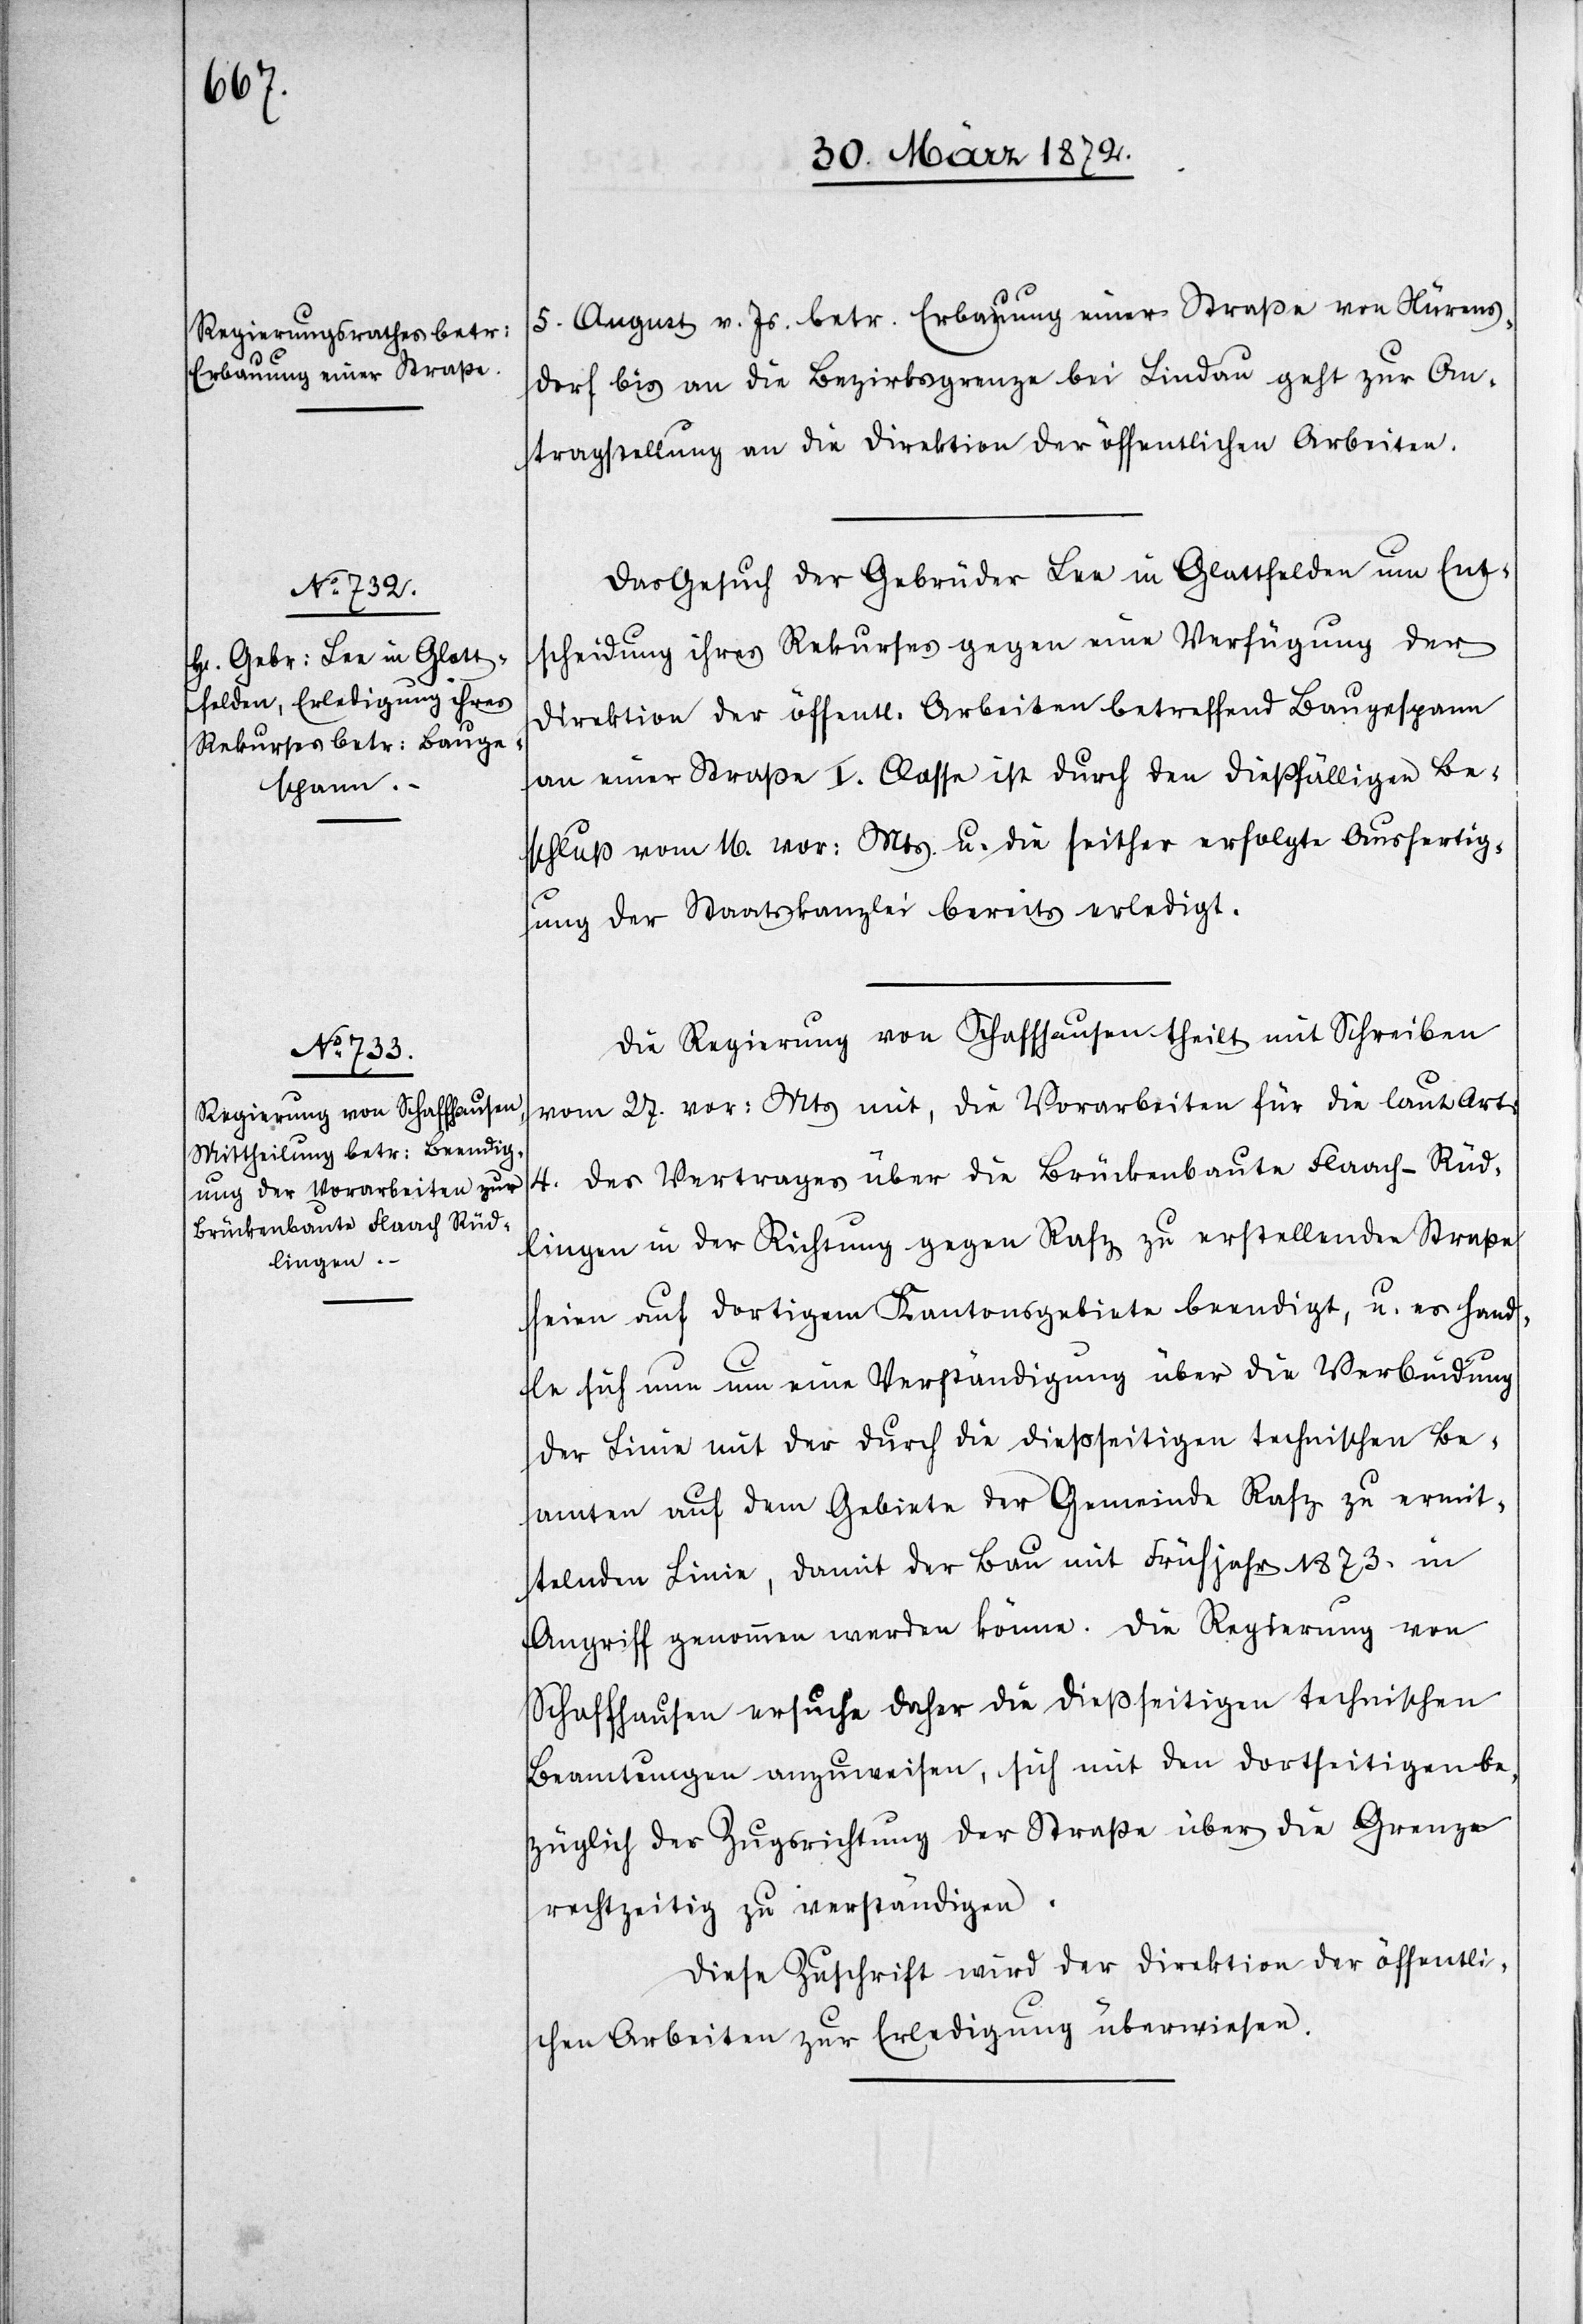
5. August v. Js. betr. Erbauung einer Straße von Nürens¬
dorf bis an die Bezirksgrenze bei Lindau geht zur An¬
tragstellung an die Direktion der öffentlichen Arbeiten.
Das Gesuch der Gebrüder Lee in Glattfelden um Ent¬
scheidung ihres Rekurses gegen eine Verfügung der
Direktion der öffentl. Arbeiten betreffend Baugespann
an einer Straße I. Classe ist durch den dießfälligen Be¬
schluß vom 16. vor: Mts. u. die seither erfolgte Ausfertig¬
ung der Staatskanzlei bereits erledigt.
Die Regierung von Schaffhausen theilt mit Schreiben
vom 27. vor: Mts mit, die Vorarbeiten für die laut Art:
4. des Vertrages über die Brückenbaute Flaach–Rüd¬
lingen in der Richtung gegen Rafz zu erstellenden Straße
seien auf dortigem Kantonsgebiete beendigt, u. es hand¬
le sich nun um eine Verständigung über die Verbindung
der Linie mit der durch die dießseitigen technischen Be¬
amten auf dem Gebiete der Gemeinde Rafz zu ermit¬
telnden Linie, damit der Bau mit Frühjahr 1873. in
Angriff genommen werden könne. Die Regierung von
Schaffhausen ersuche daher die dießseitigen technischen
Beamtungen anzuweisen, sich mit den Dortseitigen be¬
züglich der Zugsrichtung der Straße über die Grenze
rechtzeitig zu verständigen.
Diese Zuschrift wird der Direktion der öffentli¬
chen Arbeiten zur Erledigung überwiesen.